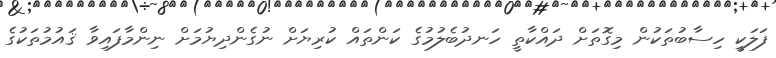
ފަލަކީ ހިސާބުތަކުން މިގޮތަށް ދައްކާތީ ހަނދުބެލުމުގެ ކަންތައް ކުރިޔަށް ނުގެންދިޔުމަށް ނިންމާފައިވާ ޤައުމުތަކުގެ